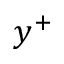
y ^ { + }